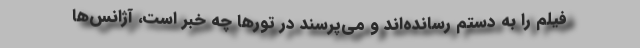
فیلم را به دستم رسانده‌اند و می‌پرسند در تورها چه خبر است، آژانس‌ها